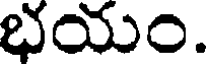
భయం.